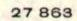
27 863